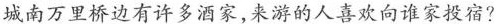
城南万里桥边有许多酒家，来游的人喜欢向谁家投宿?